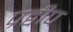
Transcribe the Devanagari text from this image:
प्रद्वीप